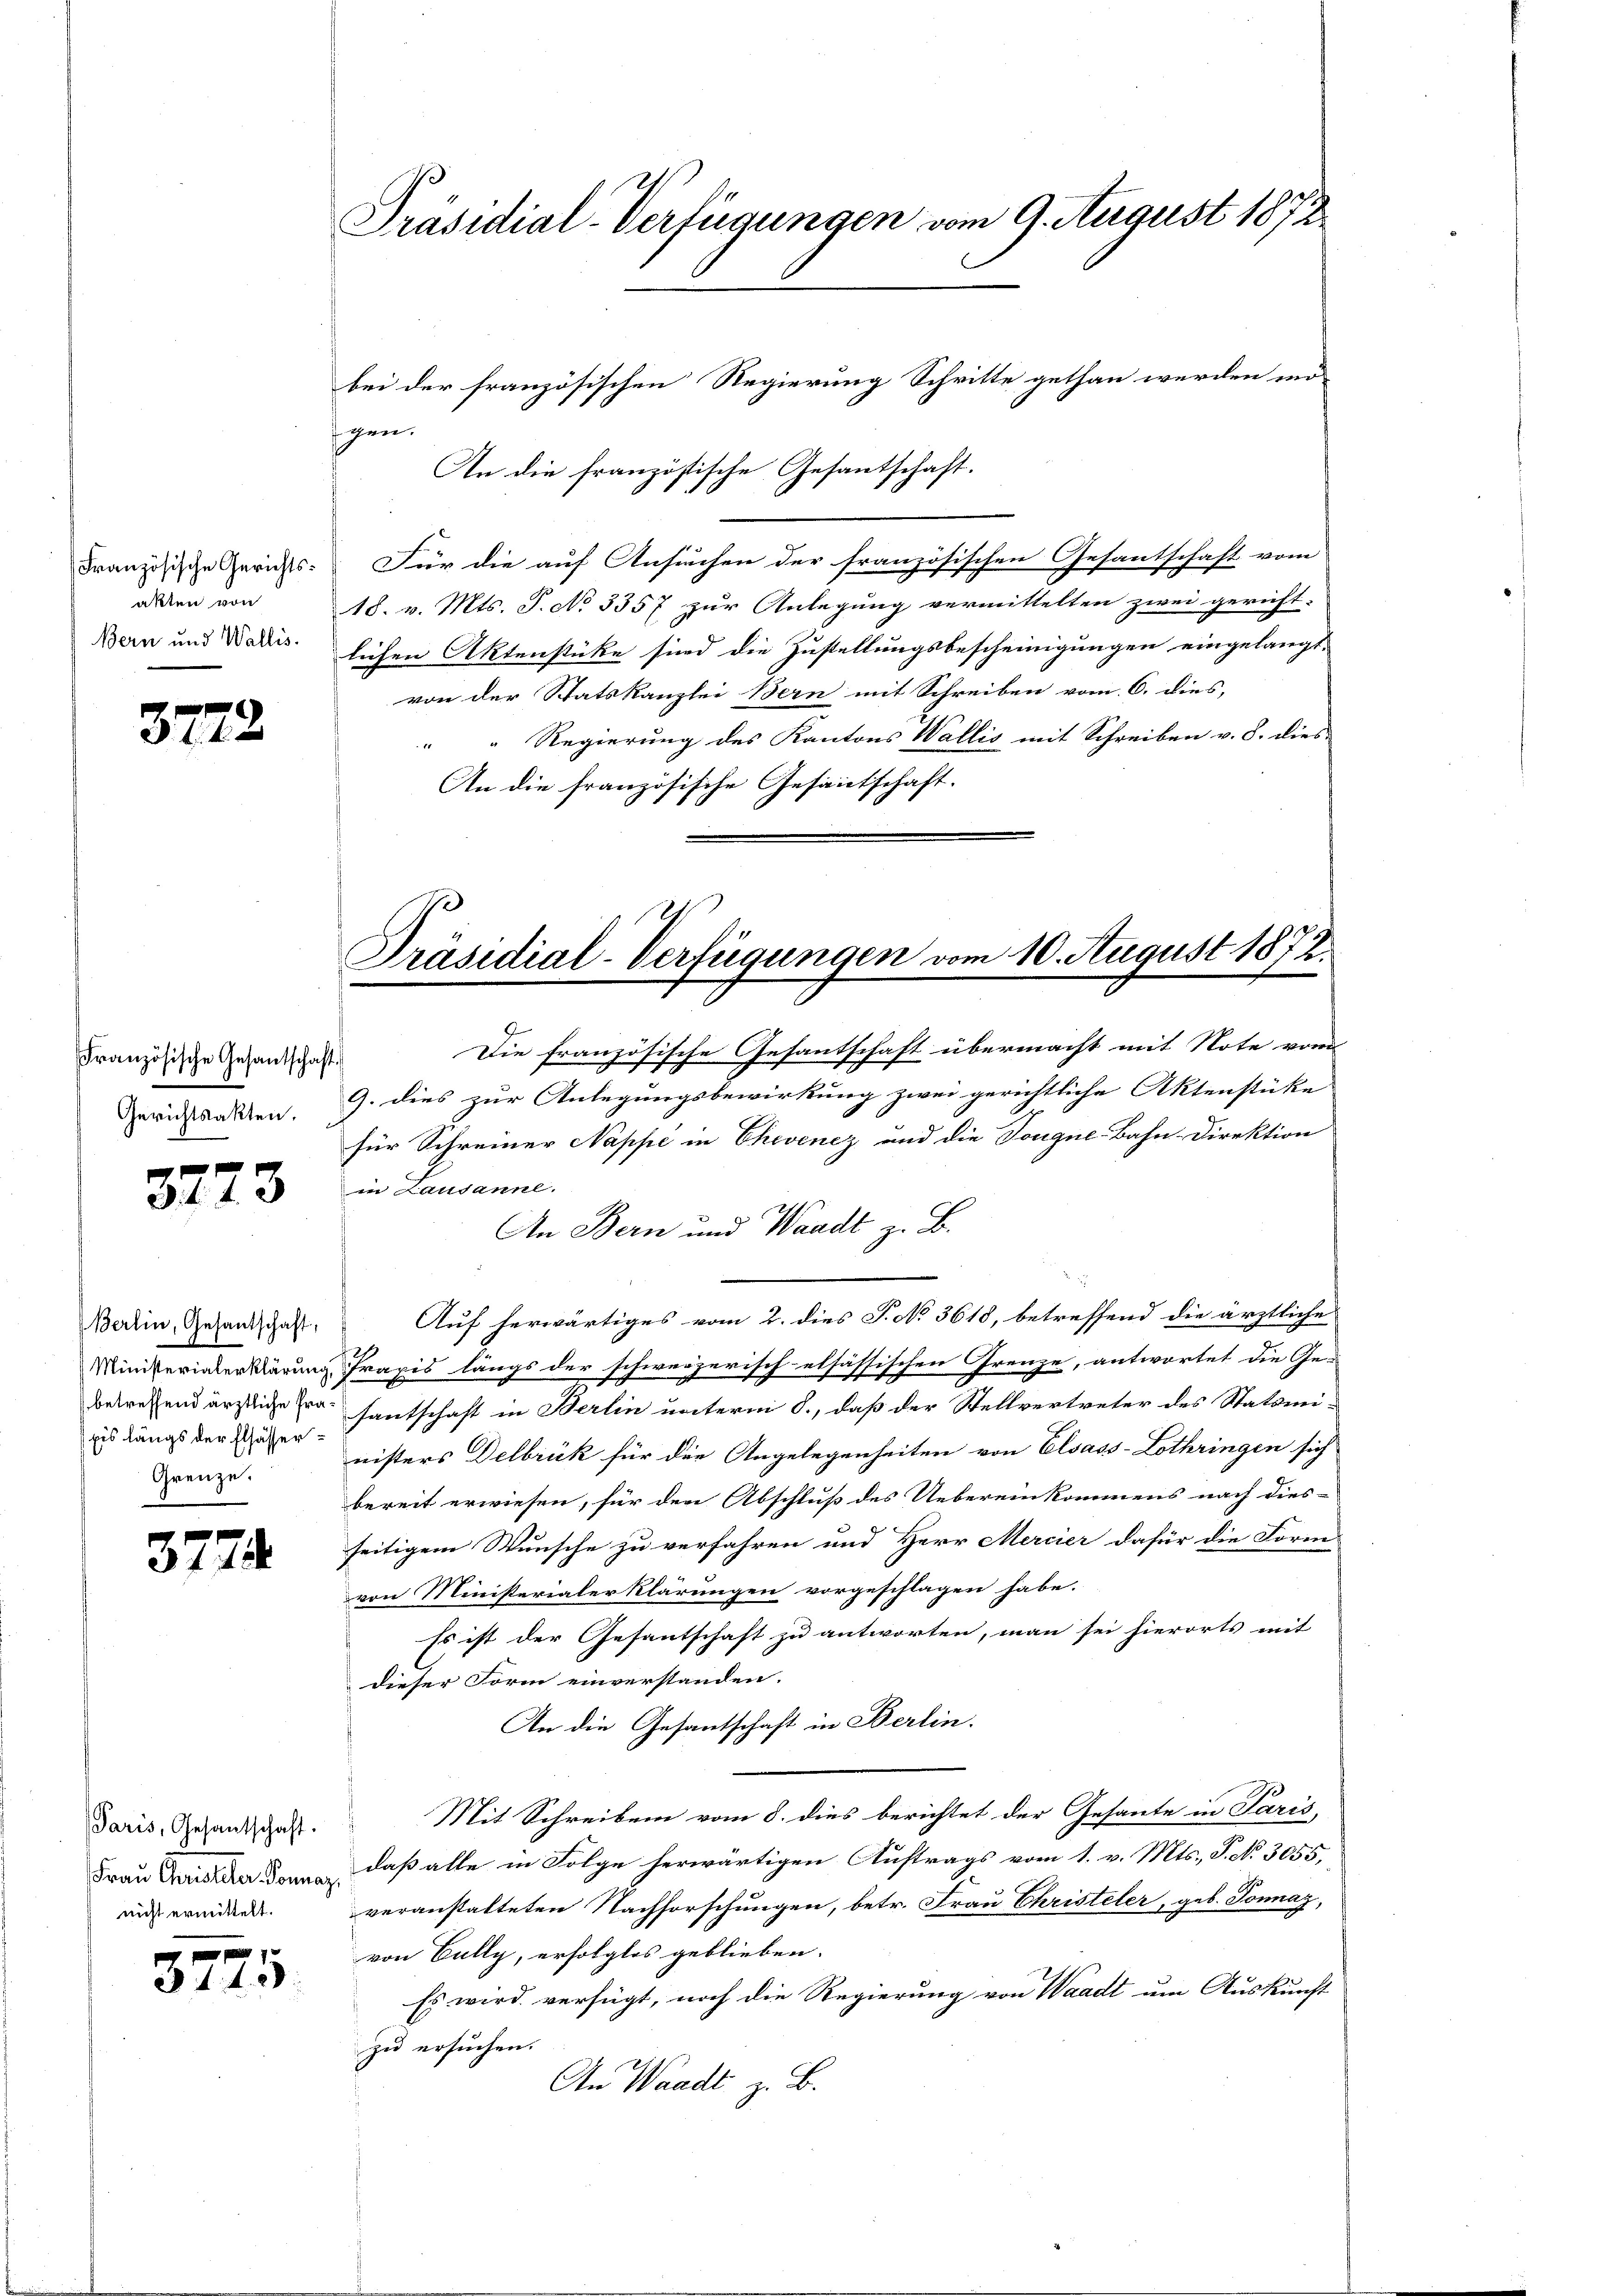
Französische Gerichtsakten von
Bern und Wallis.

3722

Französische Gesantschaft.
Gerichtsakten.

3773

Berlin, Gesantschaft,
pis längs der Elsässer¬
Grenze.

3774.

Paris, Gesantschaft.
nicht ermittelt.

1 f 0 x
 14. 2

Präsidial-Verfügungen vom 9. August 1872

gen.
An die französtische Gesantschaft.
Für die auf Ansuchen der französischen Gesantschaft vom
18. v. Mts. S. No 3357 zur Anlegung vermittelten zwei gericht-
lichen Aktenstücke sind die Zustellungsbescheinigungen eingelangt.
von der Statskanzlei Bern mit Schreiben vom 6. dies,
Regierung des Kantons Wallis mit Schreiben v. 8. dies
18.
An die französische Gesandtschaft.
Die französische Gesantschaft übermacht mit Note vom
9. dies zur Anlegungsbewirkung zwei gerichtliche Aktenstüke
für Schreiner Nappe in Ehevenez und die Tougne-Bahn-Direktion
in Lausanne.
An Bern und Waadt z. B.
Auf herwärtiges vom 2. dies P. No. 3618, betreffend die ärztliche
Ministerinterklärung Praxis längs der schweizerischelsässischen Grenze, antwortet die Gebetreffend ärztliche Pra santschaft in Berlin unterm 8., daß der Stellvertreter des Statsministers Delbrük für der Angelegenheiten von Elsass-Lothringen sich
bereit erwiesen, für den Abschluß des Uebereinkommens nach dies
seitigem Wunsche zu verfahren und Herr Mercier dafür die Form-
von Ministerialerklärungen vorgeschlagen habe.
Es ist der Gesantschaft zu antworten, man sei hierorts mit
dieser Form einverstanden.
An die Gesantschaft in Berlin.
Mit Schreiben vom 8. dies berichtet der Gesante in Paris
Frau Gunstand daß alle in Folge herwärtigen Auftrags vom 1. v. Mts., S. No. 3055,
veranstalteten Nachforschungen, betr. Frau Christeler, geb. Tonnaz,
von Cully, erfolglos geblieben.
Es wird verfügt, noch die Regierung von Waadt um Auskunft
zu ersuchen.
An Waadt z. B.

bei der französischen Regierung Schritte gethan werden mö

1
Präsidial-Verfügungen vom 10. August 1872.